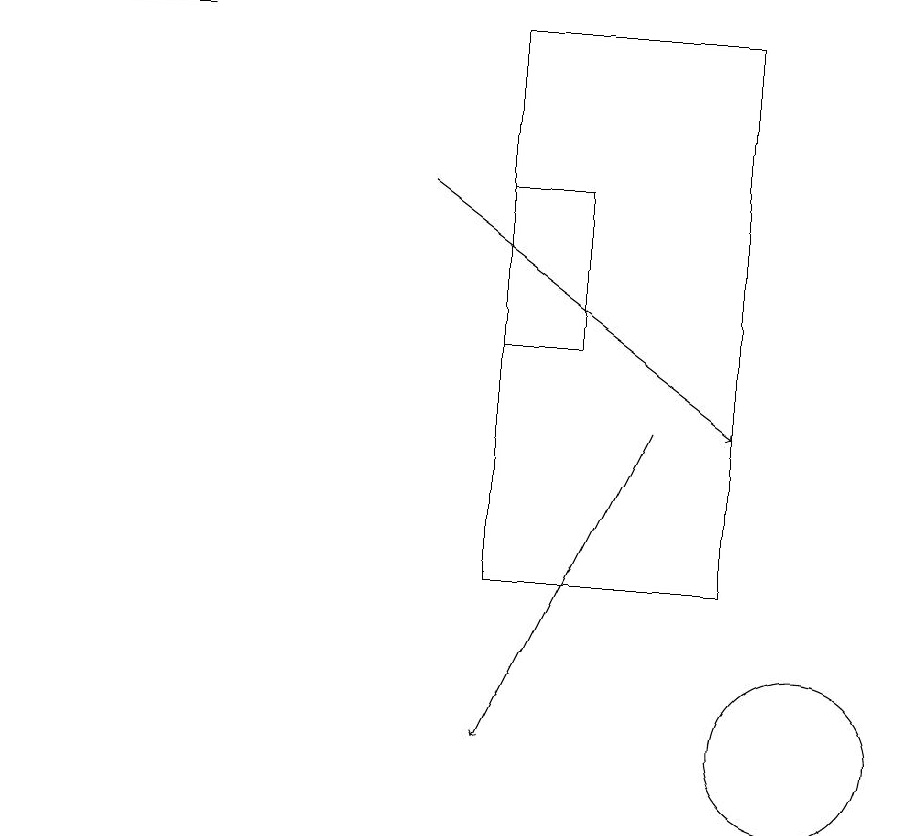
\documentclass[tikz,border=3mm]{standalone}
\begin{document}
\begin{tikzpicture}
\draw (10,10) circle (1);
\draw (0,19) rectangle (2,19);
\draw[->] (8,14) -- (6,10);
\draw (9,12) rectangle (6,19);
\draw (7,15) rectangle (6,17);
\draw[->] (5,17) -- (9,14);
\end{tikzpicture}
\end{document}